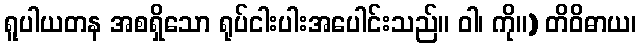
ရူပါယတန အစရှိသော ရုပ်ငါးပါးအပေါင်းသည်။ ဝါ၊ ကို။) တိဝိဓာယ၊